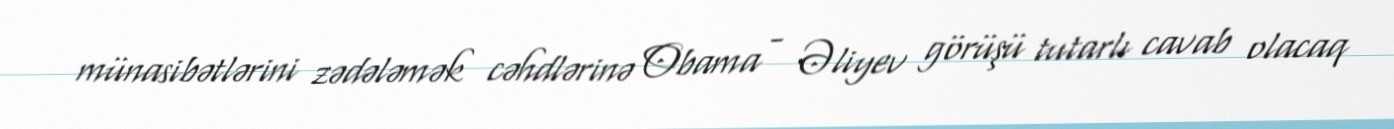
münasibətlərini zədələmək cəhdlərinə Obama - Əliyev görüşü tutarlı cavab olacaq